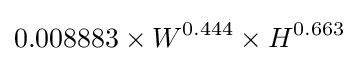
0.008883\times W^{0.444}\times H^{0.663}